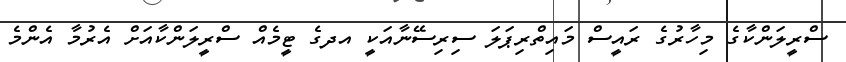
ސްރީލަންކާގެ މިހާރުގެ ރައީސް މައިތްރިޕަލަ ސިރިސޭނާއަކީ އދގެ ޓީމެއް ސްރީލަންކާއަށް އެރުމާ އެންމެ